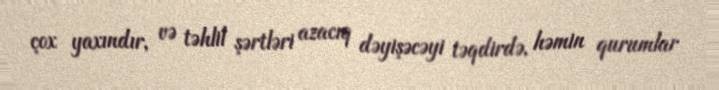
çox yaxındır, və təhlil şərtləri azacıq dəyişəcəyi təqdirdə, həmin qurumlar